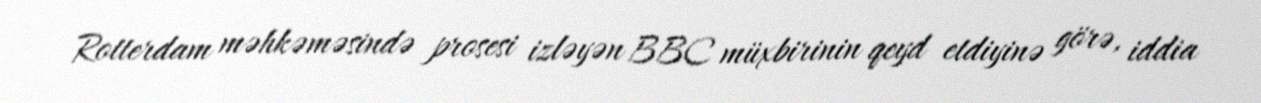
Rotterdam məhkəməsində prosesi izləyən BBC müxbirinin qeyd etdiyinə görə, iddia